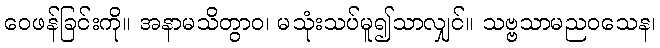
ဝေဖန်ခြင်းကို။ အနာမသိတွာဝ၊ မသုံးသပ်မူ၍သာလျှင်။ သဗ္ဗသာမညဝသေန၊